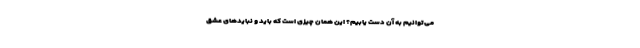
می‌توانیم به آن دست یابیم؟ این همان چیزی است که باید و نبایدهای عشق